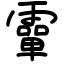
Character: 𩅦